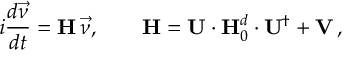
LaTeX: i \frac { d \vec { \nu } } { d t } = { \bf H } \, \vec { \nu } , \qquad { \bf H } = { \bf U } \cdot { \bf H } _ { 0 } ^ { d } \cdot { \bf U } ^ { \dagger } + { \bf V } \, ,